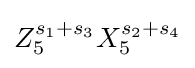
Z_{5}^{s_{1}+s_{3}}X_{5}^{s_{2}+s_{4}}